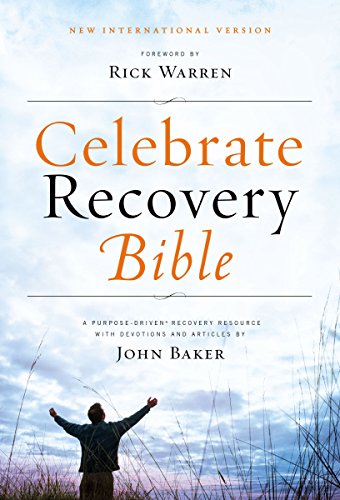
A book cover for NIV Celebrate Recovery, Softcover; John Baker; Christian Books & Bibles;